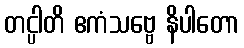
တင္ပါတိ ဧကံသဗ္ဗေ နိပါတော